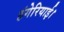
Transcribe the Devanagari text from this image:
हंगेरियाई।